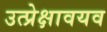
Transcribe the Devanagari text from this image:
उत्प्रेक्षावयव